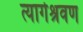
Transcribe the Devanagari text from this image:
त्यागेश्रवण